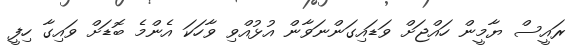
ރައީސް ޔާމީން ހައްޖަށް ވަޑައިގަންނަވާން އުޅުއްވި ވާހަކަ އެންމެ ބޮޑަށް ވައިގާ ހިފީ